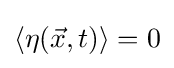
\langle \eta ({\vec {x}},t)\rangle =0